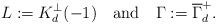
LaTeX: \begin{align*}L := K_d^\perp(-1)\quad\textrm{and}\quad\Gamma := \overline{\Gamma}_d^+.\end{align*}